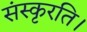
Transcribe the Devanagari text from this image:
संस्कृरति।